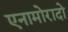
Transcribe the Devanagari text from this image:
एनामोरादो